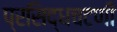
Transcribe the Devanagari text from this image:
प्रसिद्धचटणी